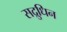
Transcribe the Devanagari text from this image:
सद्रुधिन